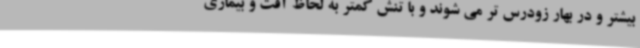
بیشتر و در بهار زودرس تر می شوند و با تنش کمتر به لحاظ آفت و بیماری